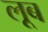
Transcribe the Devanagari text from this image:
लूब